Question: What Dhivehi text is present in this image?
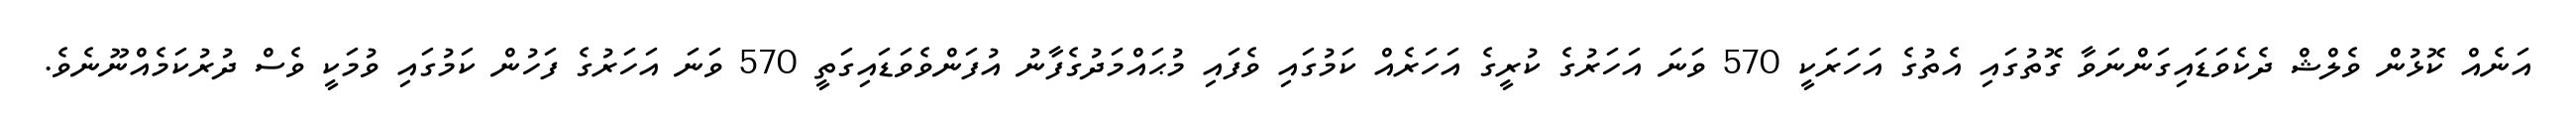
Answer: އަނެއް ކޮޅުން ވެލްޝް ދެކެވަޑައިގަންނަވާ ގޮތުގައި އެތުގެ އަހަރަކީ 570 ވަނަ އަހަރުގެ ކުރީގެ އަހަރެއް ކަމުގައި ވެފައި މުޙައްމަދުގެފާނު އުފަންވެވަޑައިގަތީ 570 ވަނަ އަހަރުގެ ފަހުން ކަމުގައި ވުމަކީ ވެސް ދުރުކަމެއްނޫނެވެ.